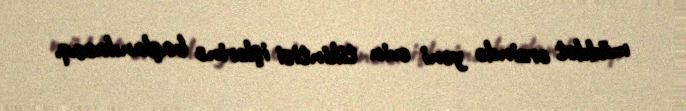
müddət ərzində yeni evin tikintisi işlərinə başlanılacaq.